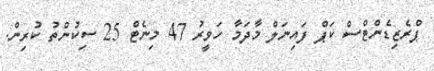
ޕްރެޒިޑެންޓްސް ކަޕް ފައިނަލް މާދަމާ ހަވީރު 47 މިނެޓް 25 ސިކުންތު ކުރިން.